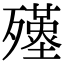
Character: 𣩲